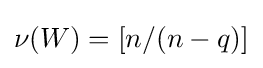
\nu (W)=[n/(n-q)]